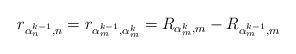
LaTeX: \begin{align*}r_{\alpha_n^{k-1},n} = r_{\alpha_m^{k-1},\alpha_m^{k}} = R_{\alpha_m^{k},m} - R_{\alpha_m^{k-1},m}\end{align*}